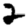
Digit: 2